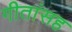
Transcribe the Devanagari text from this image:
गीतांसह